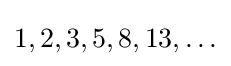
1,2,3,5,8,13,\ldots